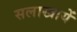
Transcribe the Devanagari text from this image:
सलाखायें